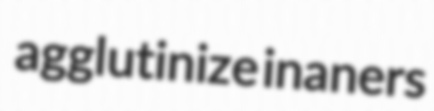
agglutinize inaners